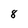
Character: 8